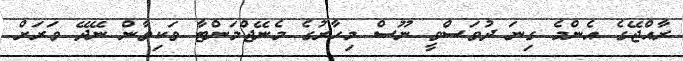
ރާއްޖޭގެ އެންމެ ގިނަ ދުވަސްވީ ނޫސް މިހާރުގެ މެނޭޖްމަންޓާ ވަކިވާން ނޭދޭ ވަރަށް